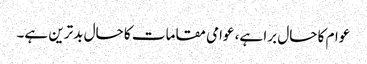
عوام کا حال برا ہے، عوامی مقامات کا حال بدترین ہے۔